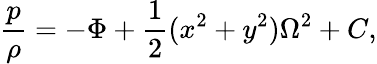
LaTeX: \frac{p}{\rho}=-\Phi+\frac{1}{2}(x^{2}+y^{2})\Omega^{2}+C,